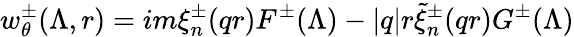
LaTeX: w_{\theta}^{\pm}(\Lambda,r)=im\xi_{n}^{\pm}(qr)F^{\pm}(\Lambda)-|q|r\widetilde{\xi}_{n}^{\pm}(qr)G^{\pm}(\Lambda)